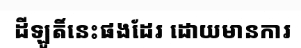
ដីឡូតិ៍នេះផងដែរ ដោយមានការ